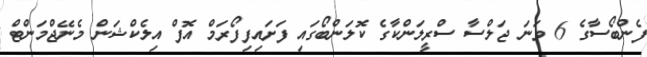
ފެންބޯސާގެ 6 ވަނަ ޖަލްސާ ސްރީލަންކާގެ ކޮލަންބޯގައި ފަށައިފިފޯރަމް އޮފް އިލެކްޝަން މެނޭޖްމަންޓް